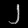
Digit: ၂